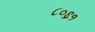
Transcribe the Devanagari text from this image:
८०६१